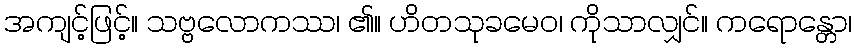
အကျင့်ဖြင့်။ သဗ္ဗလောကဿ၊ ၏။ ဟိတသုခမေဝ၊ ကိုသာလျှင်။ ကရောန္တော၊